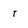
Character: r